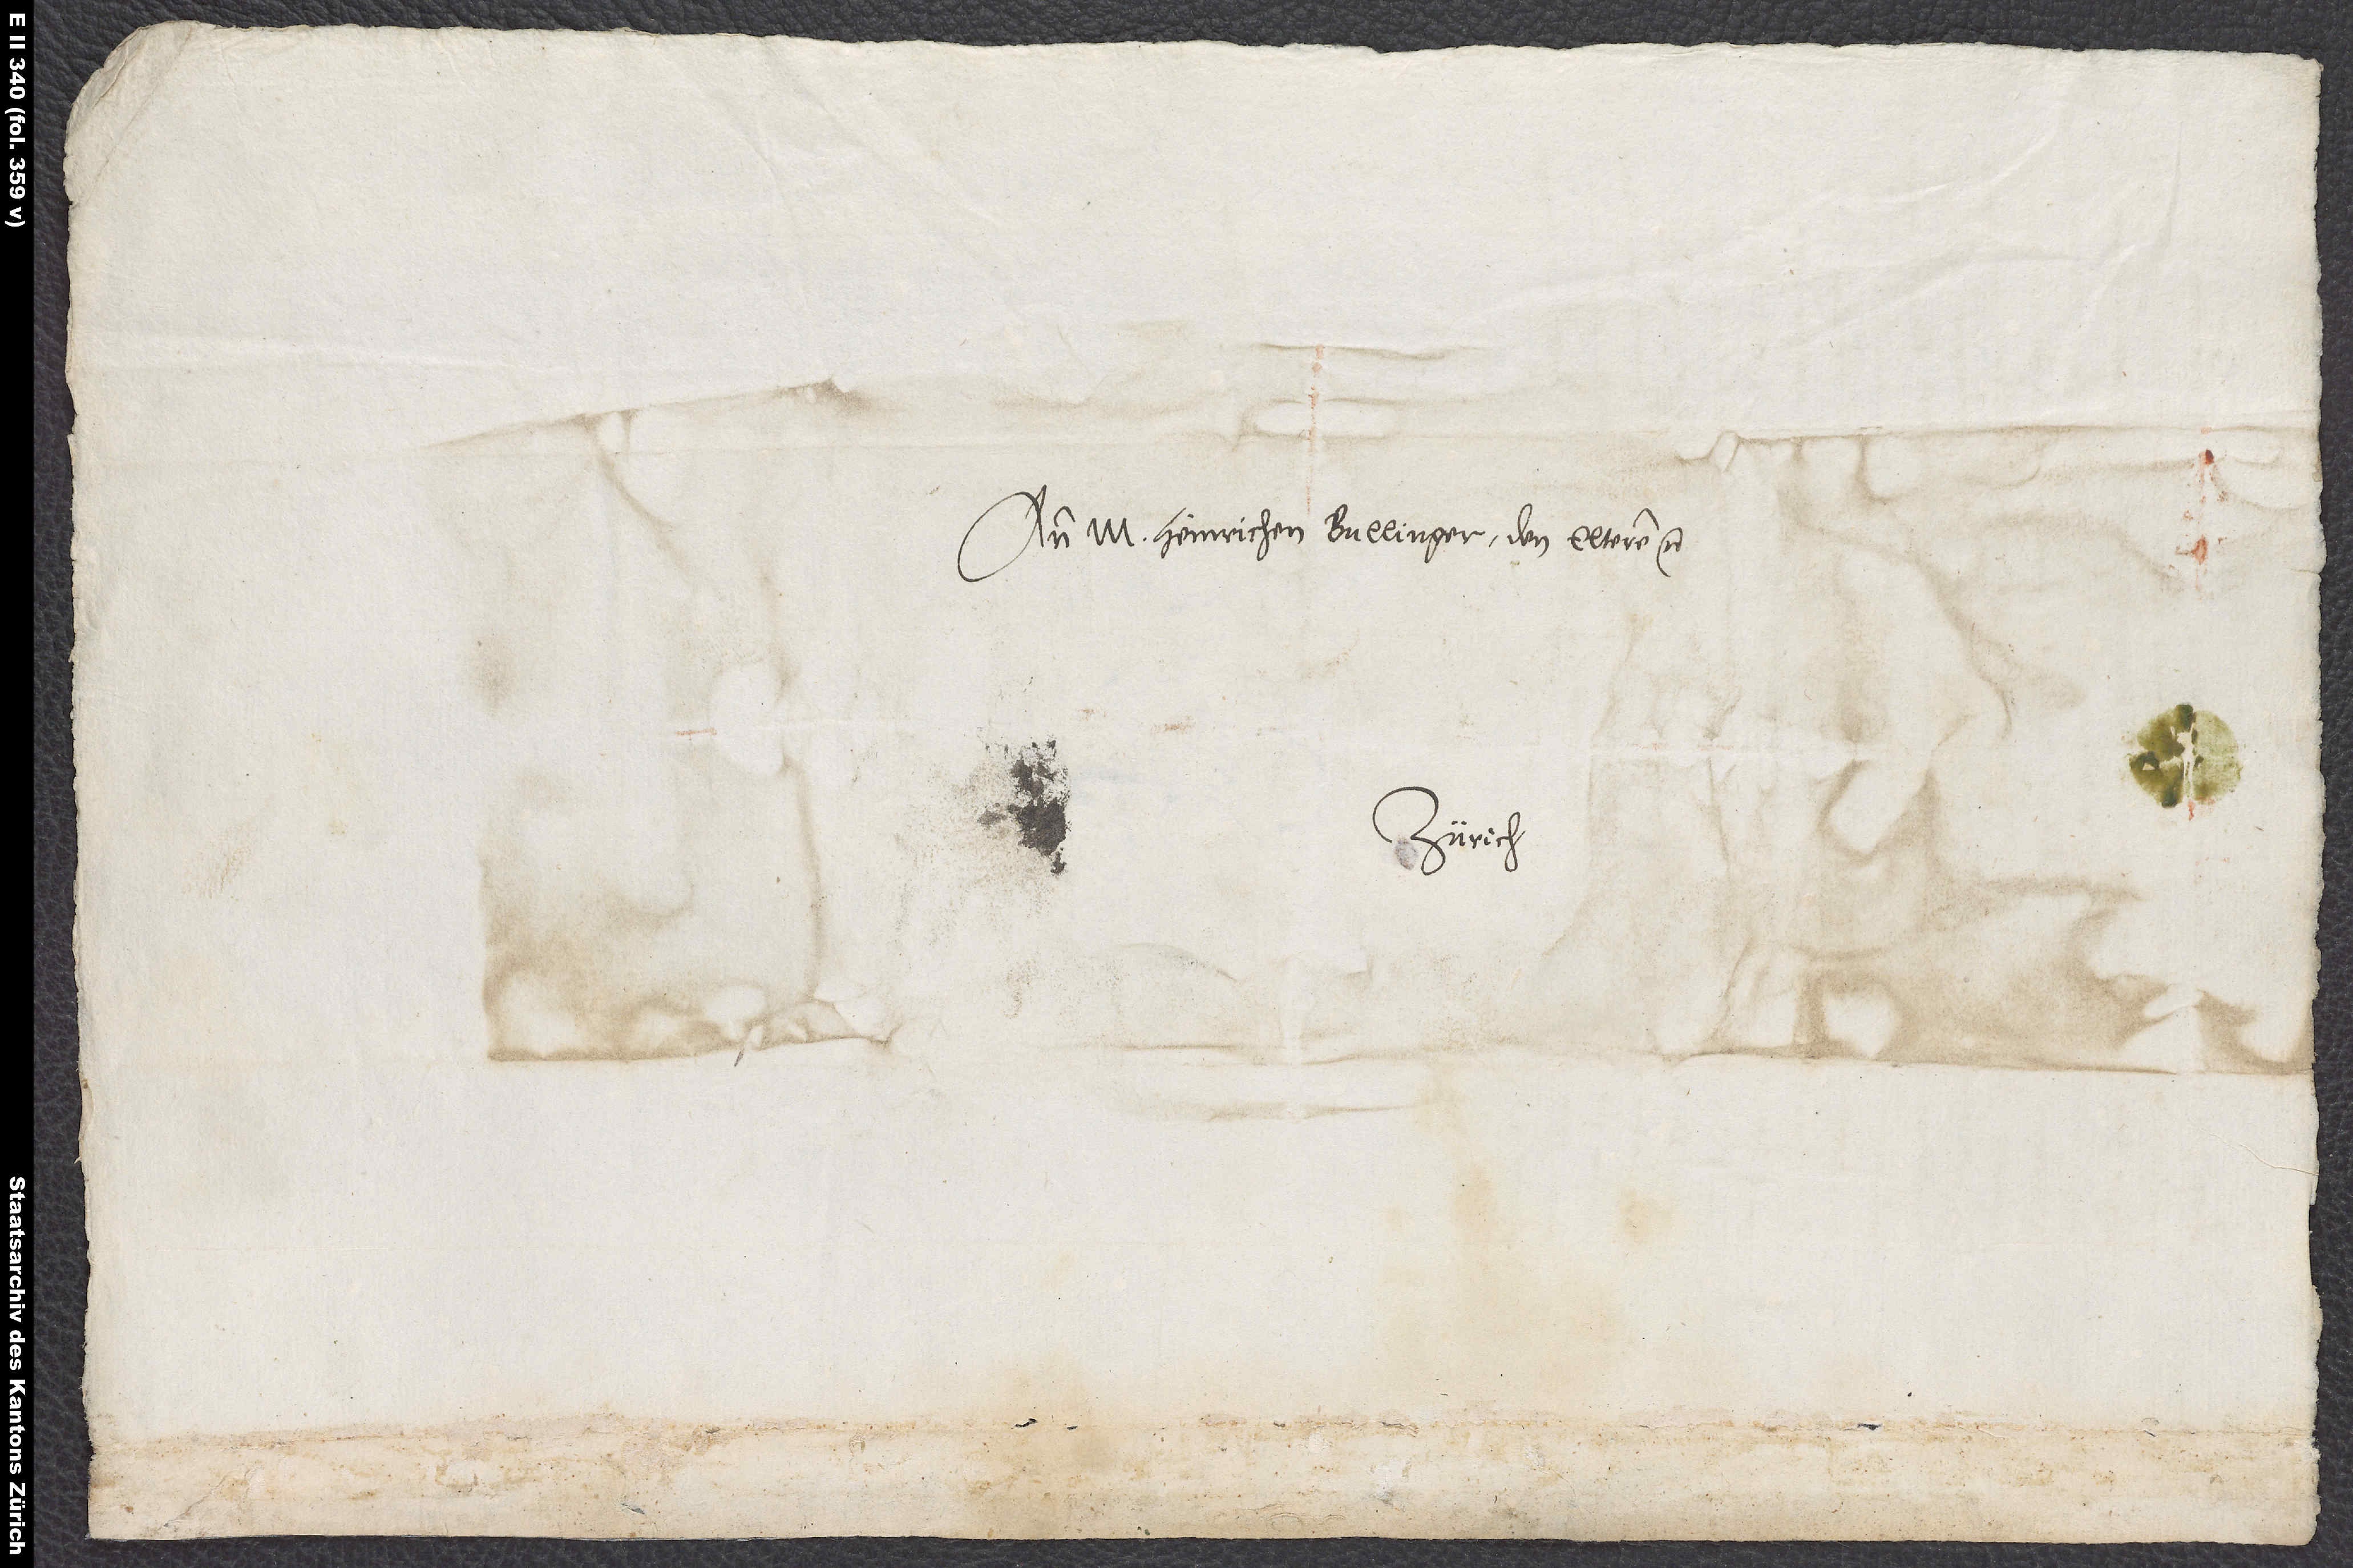
An m. Heinrichen Bullinger den elteren etc.
Zürich.